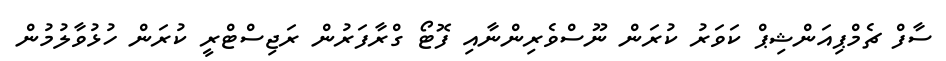
ސާފް ޗެމްޕިއަންޝިޕް ކަވަރު ކުރަން ނޫސްވެރިންނާއި ފޮޓޯ ގްރާފަރުން ރަޖިސްޓްރީ ކުރަން ހުޅުވާލުމުން